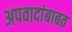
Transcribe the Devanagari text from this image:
अपवादांबाबत